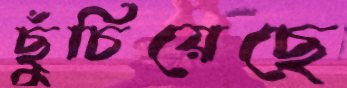
ছুঁচিয়েছে